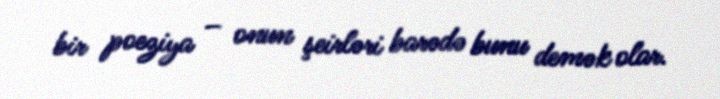
bir poeziya – onun şeirləri barədə bunu demək olar.